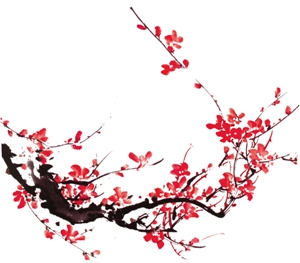
江南无所有，聊赠一枝春。